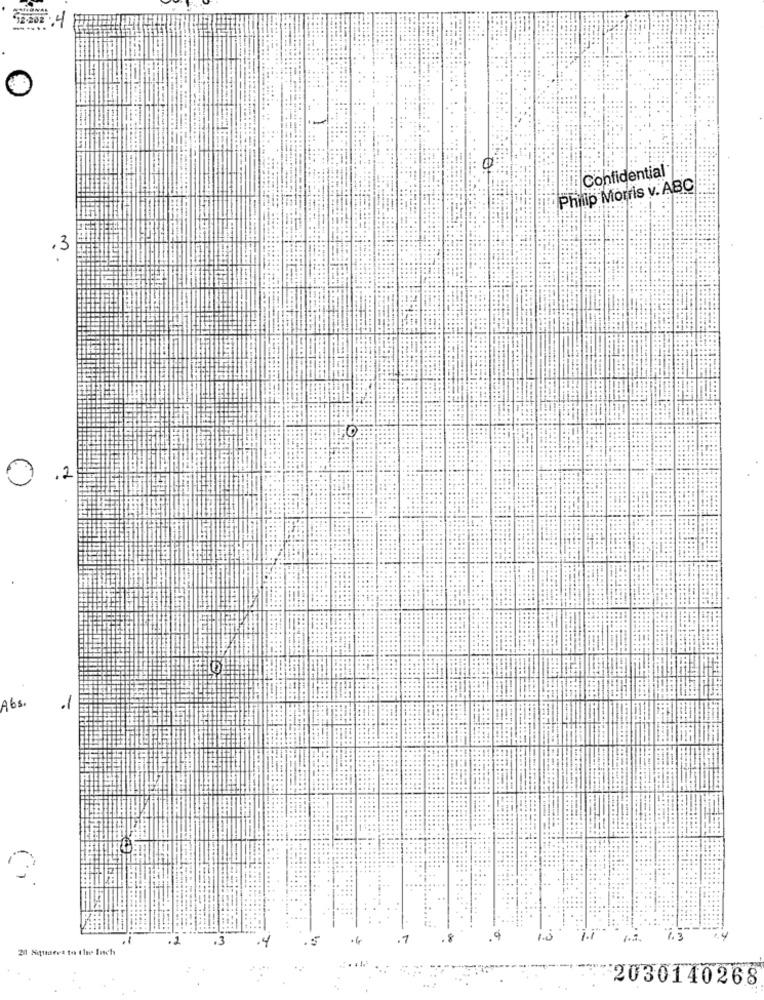
$12-202
Confidential
Philip Morris v. ABC
.3
2
Abs.
2
1.0
20 Nitideet to tius Inch
2030140268